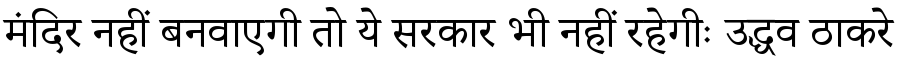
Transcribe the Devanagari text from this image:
मंदिर नहीं बनवाएगी तो ये सरकार भी नहीं रहेगीः उद्धव ठाकरे